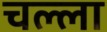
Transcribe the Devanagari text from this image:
चल्ला